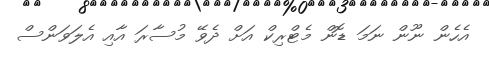
އެހެން ނޫން ނަމަ ޑޮން މެޓްރިކް އަށް ދެވޭ މުސާރަ އާއި އެލަވަންސް